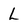
Character: L